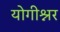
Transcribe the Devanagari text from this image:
योगीश्नर